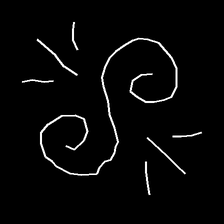
Glyph: wind-directs-air